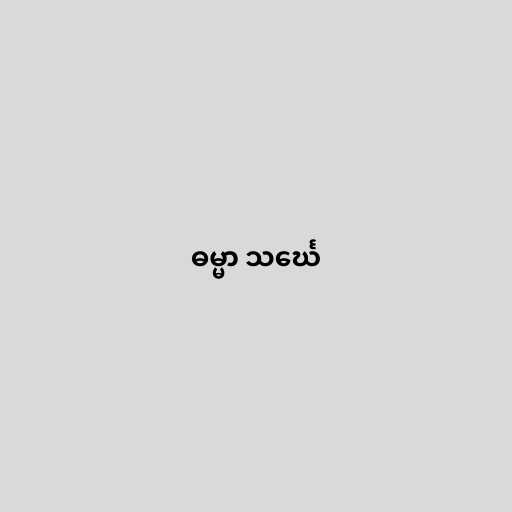
ဓမ္မာ သင်္ဃေ